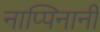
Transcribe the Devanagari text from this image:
नाप्पिनानी